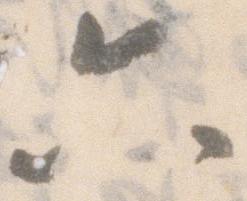
六